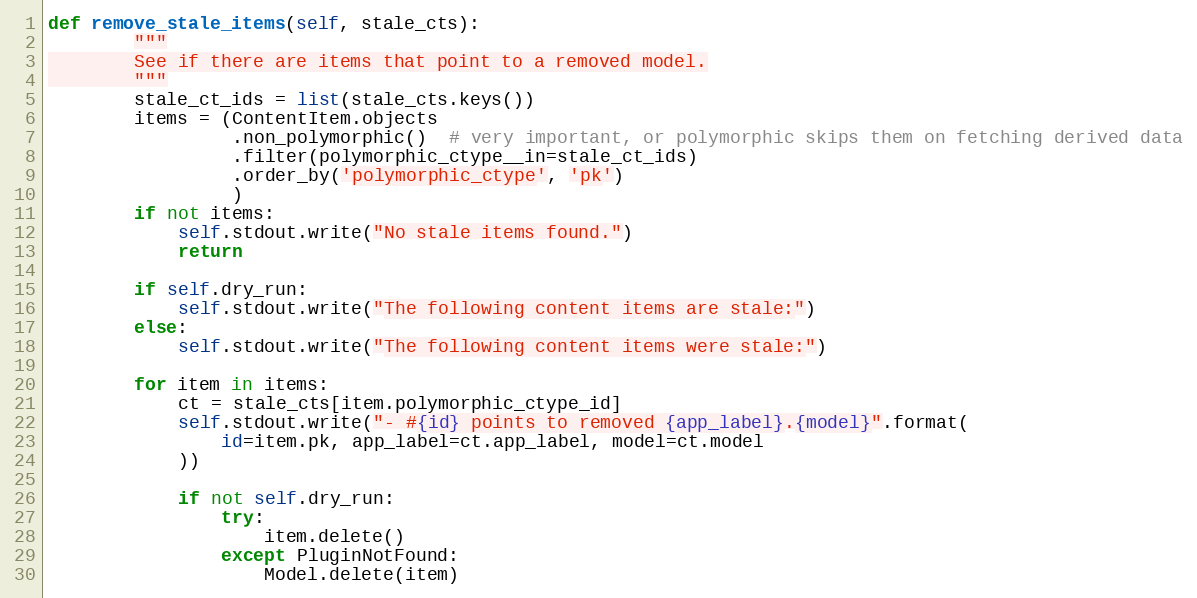
Language: Python
def remove_stale_items(self, stale_cts):
        """
        See if there are items that point to a removed model.
        """
        stale_ct_ids = list(stale_cts.keys())
        items = (ContentItem.objects
                 .non_polymorphic()  # very important, or polymorphic skips them on fetching derived data
                 .filter(polymorphic_ctype__in=stale_ct_ids)
                 .order_by('polymorphic_ctype', 'pk')
                 )
        if not items:
            self.stdout.write("No stale items found.")
            return

        if self.dry_run:
            self.stdout.write("The following content items are stale:")
        else:
            self.stdout.write("The following content items were stale:")

        for item in items:
            ct = stale_cts[item.polymorphic_ctype_id]
            self.stdout.write("- #{id} points to removed {app_label}.{model}".format(
                id=item.pk, app_label=ct.app_label, model=ct.model
            ))

            if not self.dry_run:
                try:
                    item.delete()
                except PluginNotFound:
                    Model.delete(item)